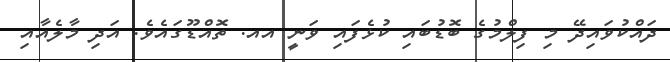
ދައްކުވައިދޭ މި ފިލްމުގެ ބޮޑުބައި ކުޅެފައި ވަނީ އއ. ތޮއްޑޫގައެވެ. އަދި މާލެއާއި